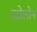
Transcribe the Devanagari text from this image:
स्टोलोन